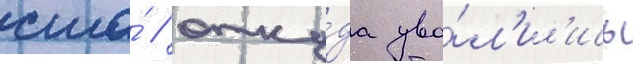
сша́ / отку́да уво́л'ил'ись